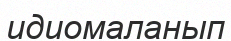
идиомаланып